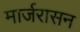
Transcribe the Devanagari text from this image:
मार्जरासन